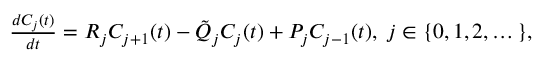
\begin{array} { r } { \frac { d C _ { j } ( t ) } { d t } = R _ { j } C _ { j + 1 } ( t ) - \tilde { Q } _ { j } C _ { j } ( t ) + P _ { j } C _ { j - 1 } ( t ) , \; j \in \{ 0 , 1 , 2 , \dots \} , } \end{array}